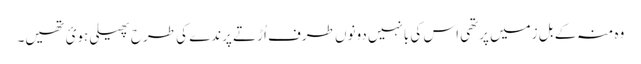
وہ منہ کے بل زمیں پرتھی اس کی بانہیں دونوں طرف اُڑتے پرندے کی طرح پھیلی ہوئ تھیں۔